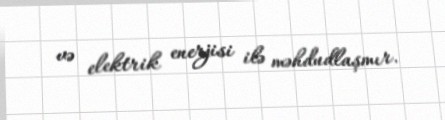
və elektrik enerjisi ilə məhdudlaşmır.